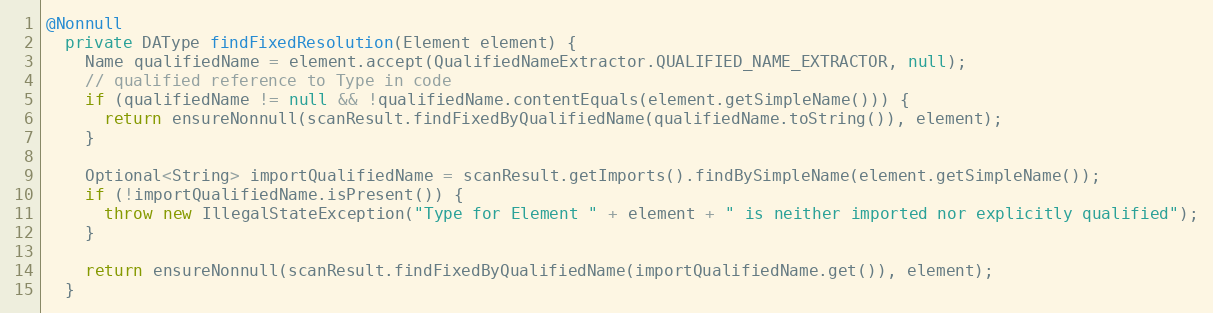
Language: Java
@Nonnull
  private DAType findFixedResolution(Element element) {
    Name qualifiedName = element.accept(QualifiedNameExtractor.QUALIFIED_NAME_EXTRACTOR, null);
    // qualified reference to Type in code
    if (qualifiedName != null && !qualifiedName.contentEquals(element.getSimpleName())) {
      return ensureNonnull(scanResult.findFixedByQualifiedName(qualifiedName.toString()), element);
    }

    Optional<String> importQualifiedName = scanResult.getImports().findBySimpleName(element.getSimpleName());
    if (!importQualifiedName.isPresent()) {
      throw new IllegalStateException("Type for Element " + element + " is neither imported nor explicitly qualified");
    }

    return ensureNonnull(scanResult.findFixedByQualifiedName(importQualifiedName.get()), element);
  }